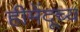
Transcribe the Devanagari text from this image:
हीमेंदूच्य